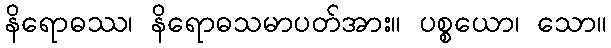
နိရောဓဿ၊ နိရောဓသမာပတ်အား။ ပစ္စယော၊ သော။